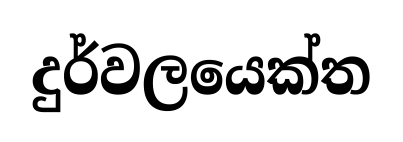
දුර්වලයෙක්ත